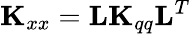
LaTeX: \textbf{K}_{xx}=\textbf{L}\textbf{K}_{qq}\textbf{L}^{T}